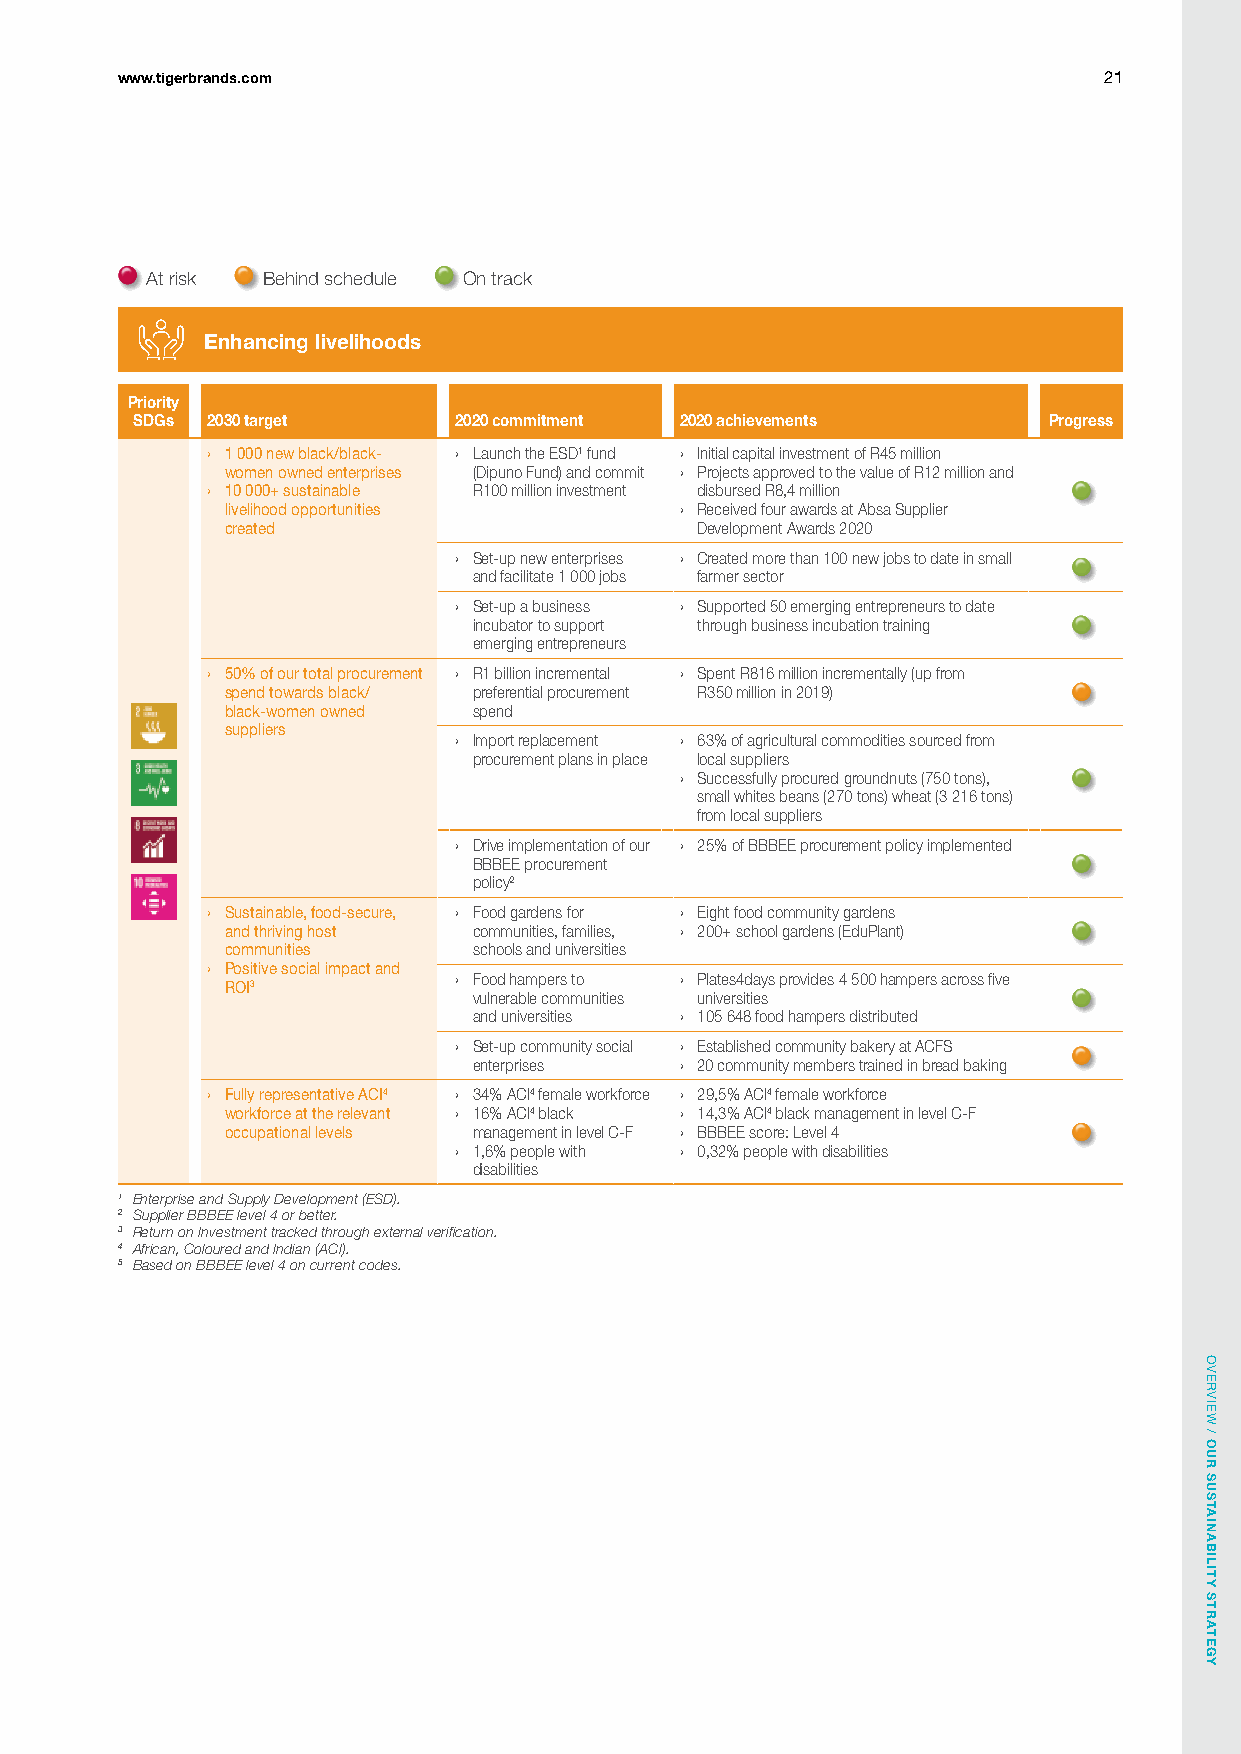
www.tigerbrands.com                                              21
 At risk Behind schedule On track
 Enhancing livelihoods
 Priority
 SDGs 2030 target     2020 commitment 2020 achievements      Progress
 › 1 000 new black/black- › Launch the ESD¹ fund › Initial capital investment of R45 million
 women owned enterprises (Dipuno Fund) and commit › Projects approved to the value of R12 million and
 › 10 000+ sustainable R100 million investment disbursed R8,4 million
 livelihood opportunities      › Received four awards at Absa Supplier
 created                        Development Awards 2020
 › Set-up new enterprises › Created more than 100 new jobs to date in small
 and facilitate 1 000 jobs farmer sector
 › Set-up a business › Supported 50 emerging entrepreneurs to date
 incubator to support through business incubation training
 emerging entrepreneurs
 › 50% of our total procurement › R1 billion incremental › Spent R816 million incrementally (up from
 spend towards black/ preferential procurement R350 million in 2019)
 black-women owned spend
 suppliers
 › Import replacement › 63% of agricultural commodities sourced from
 procurement plans in place local suppliers
 › Successfully procured groundnuts (750 tons),
 small whites beans (270 tons) wheat (3 216 tons)
 from local suppliers
 › Drive implementation of our › 25% of BBBEE procurement policy implemented
 BBBEE procurement
 policy2
 › Sustainable, food-secure, › Food gardens for › Eight food community gardens
 and thriving host communities, families, › 200+ school gardens (EduPlant)
 communities     schools and universities
 › Positive social impact and
 › Food hampers to › Plates4days provides 4 500 hampers across five
 ROI3
 vulnerable communities universities
 and universities › 105 648 food hampers distributed
 › Set-up community social › Established community bakery at ACFS
 enterprises   › 20 community members trained in bread baking
 › Fully representative ACI4 › 34% ACI4 female workforce › 29,5% ACI4 female workforce
 workforce at the relevant › 16% ACI4 black › 14,3% ACI4 black management in level C-F
 occupational levels management in level C-F › BBBEE score: Level 4
 › 1,6% people with › 0,32% people with disabilities
 disabilities
 1 Enterprise and Supply Development (ESD).
 2 Supplier BBBEE level 4 or better.
 3 Return on Investment tracked through external verification.
 4 African, Coloured and Indian (ACI).
 5 Based on BBBEE level 4 on current codes.
 OVERVIEW
 /
 OUR
 SUSTAINABILITY
 STRATEGY